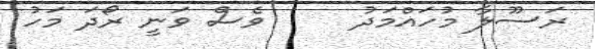
ރަސޫލާ މުހައްމަދު     ވެސް ވަނީ ރޯދަ މަހު